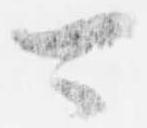
可